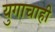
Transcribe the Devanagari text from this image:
युगाचाही